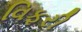
વિફરી